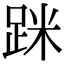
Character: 𨀷